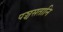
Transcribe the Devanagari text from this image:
पञ्चसतानि